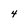
Character: 4